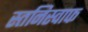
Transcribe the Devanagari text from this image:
स्तनिस्वाफ